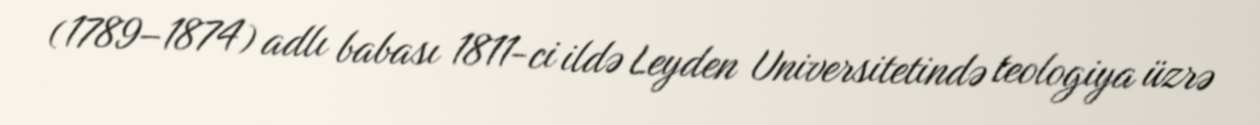
(1789–1874) adlı babası 1811-ci ildə Leyden Universitetində teologiya üzrə